Scottish Leaving Certificate Examination, 1959
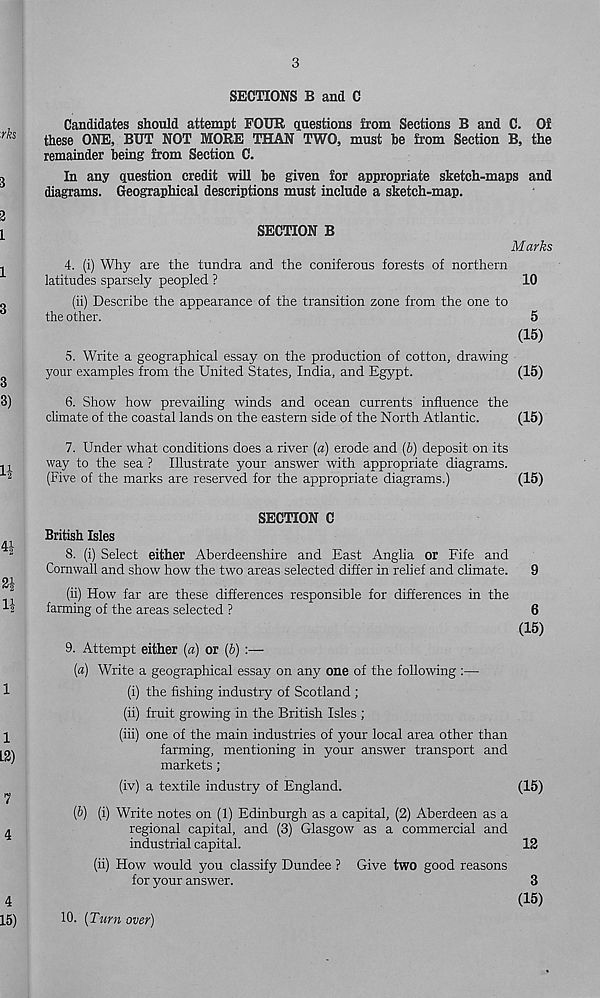
3
SECTIONS B and C
Candidates should attempt FOUR questions from Sections B and C. Of
these ONE, BUT NOT MORE THAN TWO, must be from Section B, the
remainder being from Section C.
In any question credit will be given for appropriate sketch-maps and
diagrams. Geographical descriptions must include a sketch-map.
SECTION B
4. (i) Why are the tundra and the coniferous forests of northern
latitudes sparsely peopled ?
(ii) Describe the appearance of the transition zone from the one to
the other.
5. Write a geographical essay on the production of cotton, drawing
your examples from the United States, India, and Egypt.
6. Show how prevailing winds and ocean currents influence the
climate of the coastal lands on the eastern side of the North Atlantic.
Marks
10
5
(15)
(15)
(15)
7. Under what conditions does a river (a) erode and (&) deposit on its
way to the sea ? Illustrate your answer with appropriate diagrams.
(Five of the marks are reserved for the appropriate diagrams.)
(15)
British Isles
SECTION C
8. (i) Select either Aberdeenshire and East Anglia or Fife and
Cornwall and show how the two areas selected differ in relief and climate.
9
(ii) How far are these differences responsible for differences in the
farming of the areas selected ?
9. Attempt either [a) or (5)
(«) Write a geographical essay on any one of the following :—
(i) the fishing industry of Scotland ;
(ii) fruit growing in the British Isles ;
(iii) one of the main industries of your local area other than
farming, mentioning in your answer transport and
markets;
(iv) a textile industry of England.
(5) (i) Write notes on (1) Edinburgh as a capital, (2) Aberdeen as a
regional capital, and (3) Glasgow as a commercial and
industrial capital.
(ii) How would you classify Dundee ? Give two good reasons
for your answer.
10. [Turn over)
6
(15)
(15)
12
3
(15)